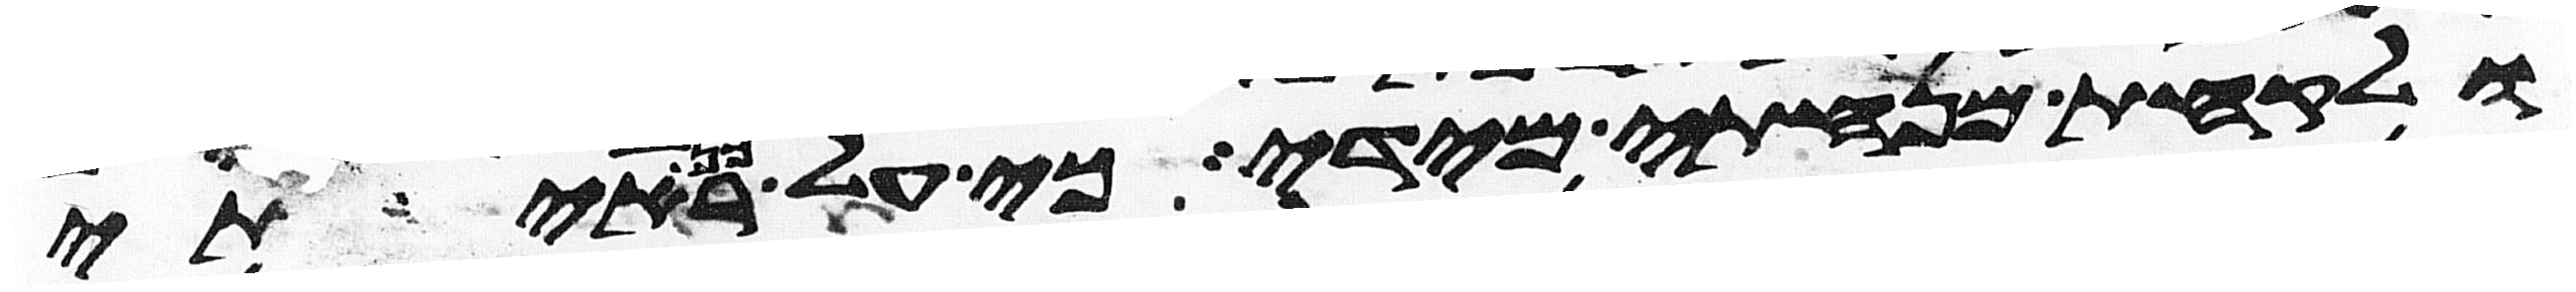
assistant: ולקחת מנחתי מידי כי על כן ראיתי